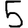
Digit: 5